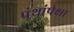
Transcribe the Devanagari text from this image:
पंथांपेक्षा